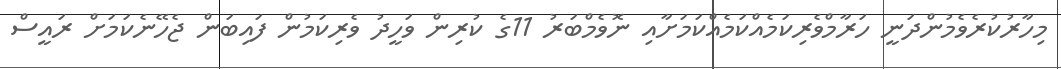
މިހާރުކުރެވެމުންދަނީ ހަރާމްވެރިކަމެއްކަމެއްކަމަށާއި ނޮވެމްބަރު 11ގެ ކުރިން ވަހީދު ވެރިކަމުން ފައިބަން ޖެހޭނެކަމަށް ރައީސް